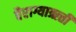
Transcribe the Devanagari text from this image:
वैराग्याऋत्ती